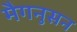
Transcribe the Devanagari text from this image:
मैगनुसन